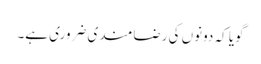
گویا کہ دونوں کی رضامندی ضروری ہے۔